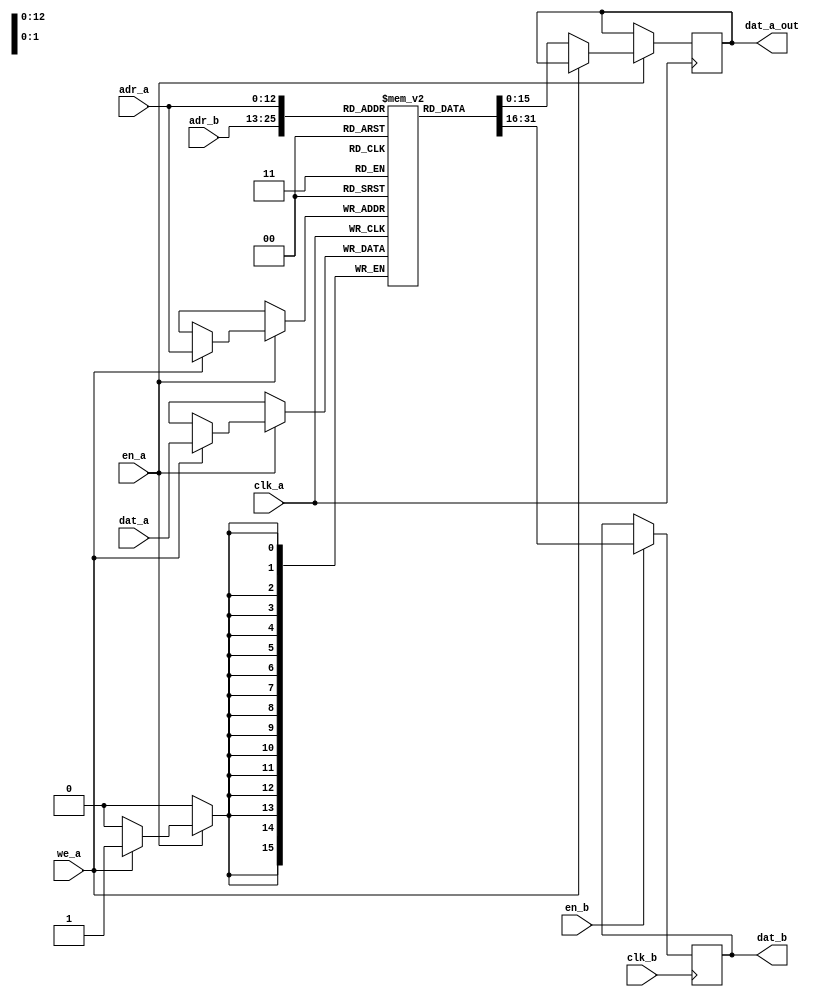
module dp_ram #(
	parameter adr_width = 13,
	parameter dat_width = 16,
	parameter mem_file_name = "none"
) (
	// write port a 
	input                       clk_a,
	input                       en_a,
	input                       en_b,
	input      [adr_width-1:0]  adr_a,
	input 	   [dat_width-1:0]  dat_a,
	// read port b
	input                       clk_b,
	input      [adr_width-1:0]  adr_b,
	output reg [dat_width-1:0]  dat_b,
	output reg [dat_width-1:0]  dat_a_out,
	input                       we_a
);

parameter depth = (1 << adr_width);
// actual ram cells
reg [dat_width-1:0] ram [0:depth-1];
//------------------------------------------------------------------
// read port B
//------------------------------------------------------------------
always @(posedge clk_b)
begin
	if (en_b)	
	dat_b <= ram[adr_b];
end

//------------------------------------------------------------------
// write port A
//------------------------------------------------------------------
always @(posedge clk_a)
begin
	if (en_a) begin
		if (we_a) begin
			ram[adr_a] <= dat_a;
		end else  dat_a_out<=ram[adr_a];
	end 
end

initial 
begin
	if (mem_file_name != "none")
	begin
		$readmemh(mem_file_name, ram);
	end
end

endmodule